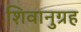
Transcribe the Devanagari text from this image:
शिवानुग्रह